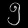
Digit: ၅